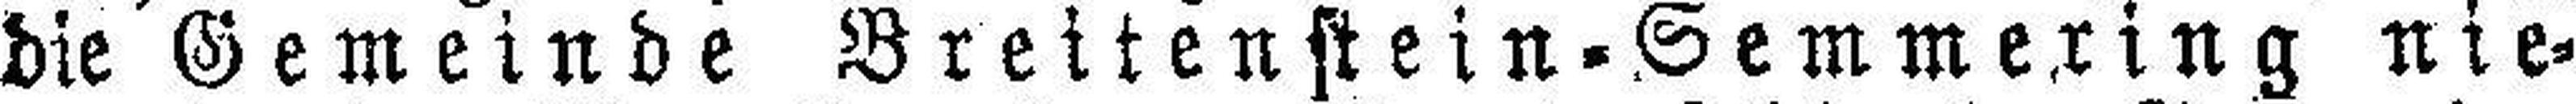
die Gemeinde Breitenstein=Semmering nie¬